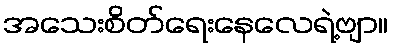
အသေးစိတ်ရေးနေလေရဲ့ဗျာ။